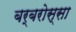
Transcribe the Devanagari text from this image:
बर्बरोस्सा